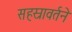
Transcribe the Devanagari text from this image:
सहस्रावर्तने